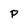
Character: p